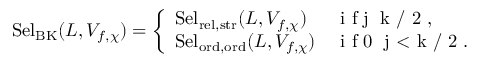
\mathrm { S e l } _ { \mathrm { B K } } ( L , V _ { f , \chi } ) = \left\{ \begin{array} { l l } { \mathrm { S e l } _ { { \mathrm { r e l } , \mathrm { s t r } } } ( L , V _ { f , \chi } ) } & { \textrm { i f j \geq k / 2 } , } \\ { \mathrm { S e l } _ { { \mathrm { o r d } , \mathrm { o r d } } } ( L , V _ { f , \chi } ) } & { \textrm { i f 0 \leq j < k / 2 } . } \end{array} \right.